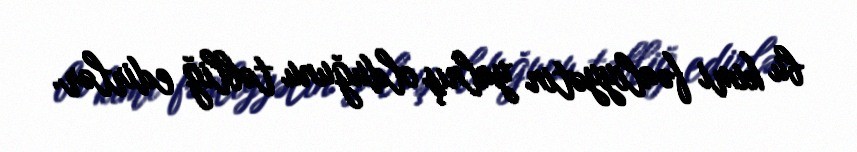
bu kimi fəaliyyətin yalnış olduğunu təbliğ edirlər.